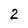
Character: 2